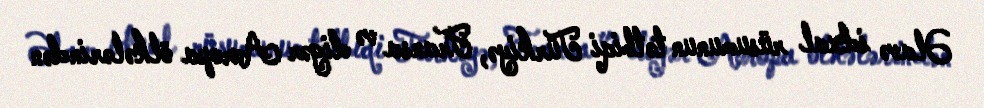
Əlavə idxal rüsumunun tətbiqi Türkiyə, Fransa və digər Avropa ölkələrindən